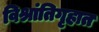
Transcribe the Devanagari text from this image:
विश्रांतिगृहात